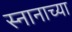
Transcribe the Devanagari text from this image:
स्नानाच्या